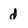
Character: d